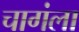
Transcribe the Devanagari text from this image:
चागंला